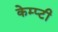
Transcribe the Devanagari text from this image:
केम्प्टी